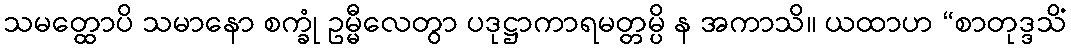
သမတ္ထောပိ သမာနော စက္ခုံ ဥမ္မီလေတွာ ပဒုဋ္ဌာကာရမတ္တမ္ပိ န အကာသိ။ ယထာဟ “စာတုဒ္ဒသိံ